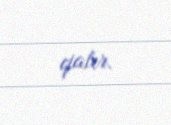
qalır.